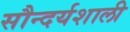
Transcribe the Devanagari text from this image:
सौन्दर्यशाली